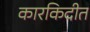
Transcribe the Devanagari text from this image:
कारकिदीत